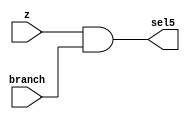
`timescale 1ns / 1ps
//////////////////////////////////////////////////////////////////////////////////
// Company: 
// Engineer: 
// 
// Design Name: 
// Module Name: and12
// Project Name: 
// Target Devices: 
// Tool Versions: 
// Description: 
// 
// Dependencies: 
// 
// Revision:
// Revision 0.01 - File Created
// Additional Comments:
// 
//////////////////////////////////////////////////////////////////////////////////


module and12(z,branch,sel5);
input z,branch;
output sel5;
and(sel5,z,branch);
endmodule